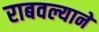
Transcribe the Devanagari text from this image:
राबवल्याने